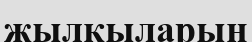
жылкыларын